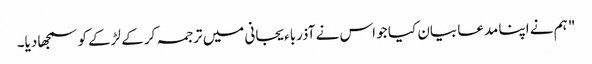
" ہم نے اپنا مدعا بیان کیا جو اس نے آذرباءیجانی میں ترجمہ کر کے لڑکے کو سمجھا دیا۔